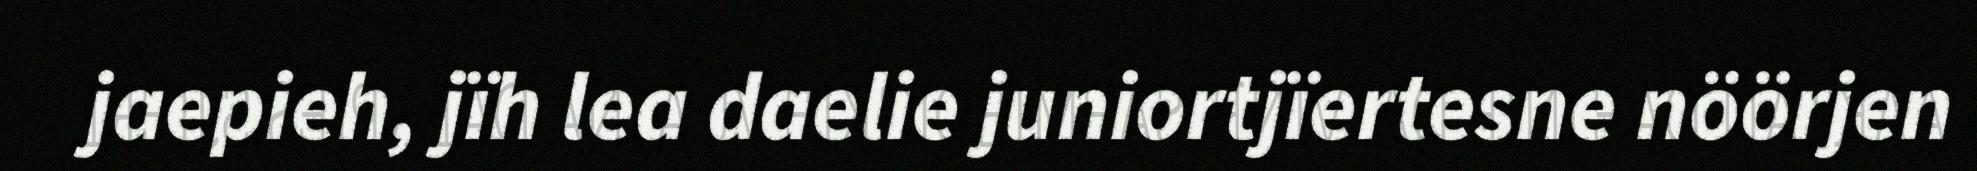
jaepieh, jïh lea daelie juniortjïertesne nöörjen